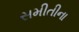
સમીતીના